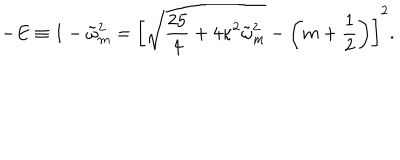
LaTeX: - E \equiv 1 - \tilde { \omega } _ { m } ^ { 2 } = \left[ \sqrt { \frac { 2 5 } { 4 } + 4 \kappa ^ { 2 } \tilde { \omega } _ { m } ^ { 2 } } - \left( m + \frac 1 2 \right) \right] ^ { 2 } .